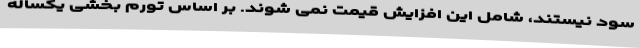
سود نیستند، شامل این افزایش قیمت نمی شوند. بر اساس تورم بخشی یکساله